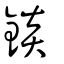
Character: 錟